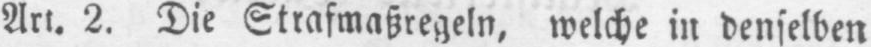
Art. 2. Die Strafmaßregeln, welche in denselben